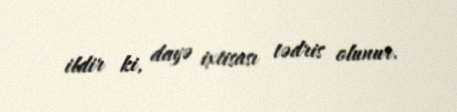
ildir ki, dayə ixtisası tədris olunur.